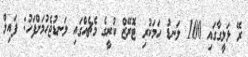
ރޭ ލަލީގާގައި 100 ލަނޑު ހަމަކުރި ޓޮރޭޒް ކުރީގެ މެޗެއްގައި ލަނޑުޖެހުމަށްފަހު: ފައިލް